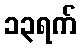
၁၃ရက်